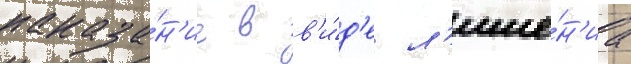
наказа́н'ие в в'и́д'е л'ише́н'иа